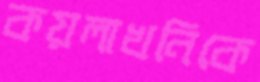
কয়লাখনিকে